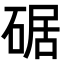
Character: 𪿩